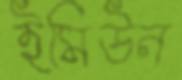
ইমিউন